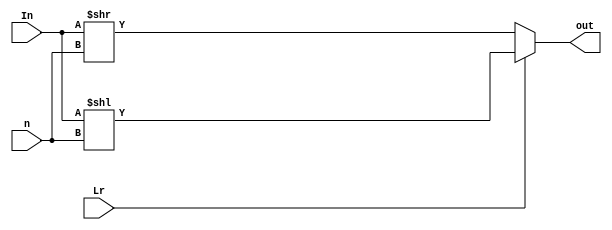
`timescale 1ns / 1ps
//////////////////////////////////////////////////////////////////////////////////
// Company: 
// Engineer: 
// 
// Design Name: 
// Module Name: barrelshift
// Project Name: 
// Target Devices: 
// Tool Versions: 
// Description: 
// 
// Dependencies: 
// 
// Revision:
// Revision 0.01 - File Created
// Additional Comments:
// 
//////////////////////////////////////////////////////////////////////////////////


module barrelshift(out,In,n,Lr);
output reg [7:0]out;
input [7:0] In;
input [2:0] n;
input Lr;
always @ *
begin 
if(Lr)
out=In<<n;
else
out=In>>n;
end//always @ *

endmodule